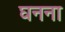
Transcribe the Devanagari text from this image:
घनना